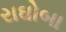
રાઘોબા